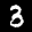
Label: 3